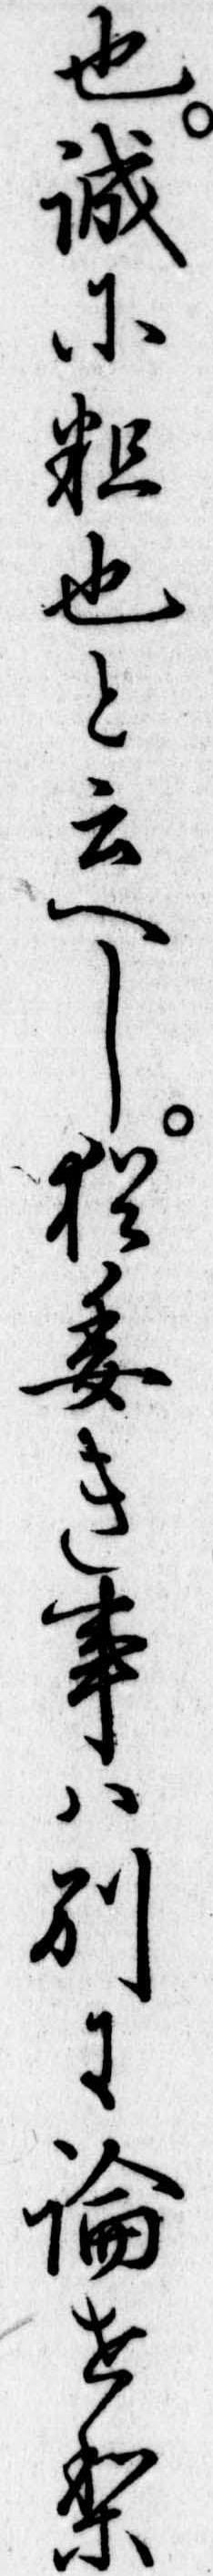
也誠に粗也と云へし猶委き事は別に論せり